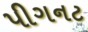
પીગનટ